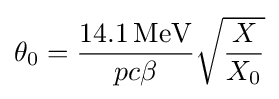
\theta _{0}={\frac {14.1\,\mathrm {MeV} }{pc\beta }}{\sqrt {\frac {X}{X_{0}}}}